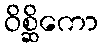
ဝိစ္ဆိကော